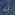
لذا